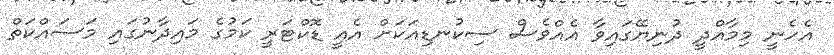
އެހެނީ މިމާއްދީ ދުނިޔޭގައިވާ އެއްވެސް ސިކުނޑިއަކަށް އެއީ ޑޮކްޓަރީ ކަމުގެ މައިދާނުގައި މަސައްކަތް